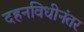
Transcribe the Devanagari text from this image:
दहनविधीनंतर